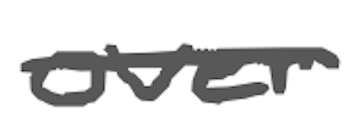
Text: over
Cross-out: single-line
Writing tool: digital_gray